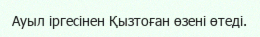
Ауыл іргесінен Қызтоған өзені өтеді.